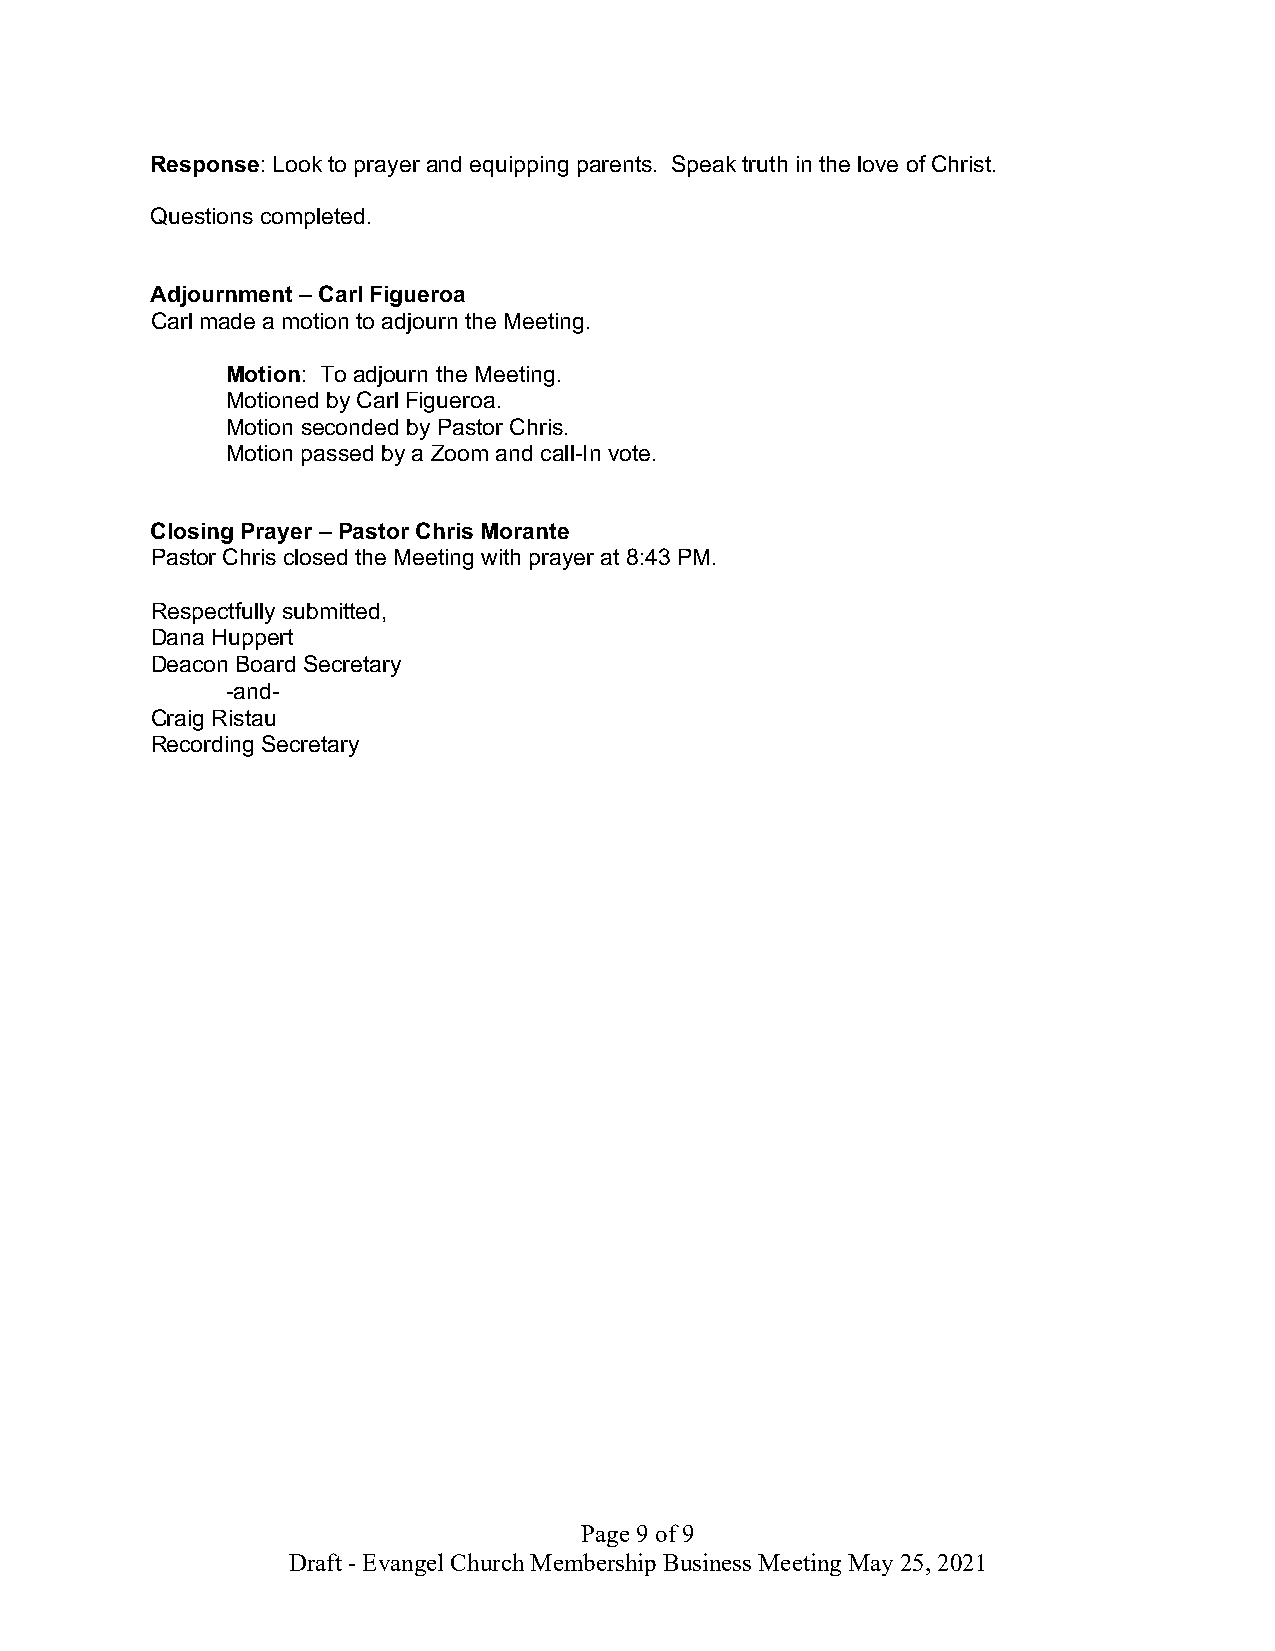
Response: Look to prayer and equipping parents. Speak truth in the love of Christ.
 Questions completed.
 Adjournment – Carl Figueroa
 Carl made a motion to adjourn the Meeting.
 Motion: To adjourn the Meeting.
 Motioned by Carl Figueroa.
 Motion seconded by Pastor Chris.
 Motion passed by a Zoom and call-In vote.
 Closing Prayer – Pastor Chris Morante
 Pastor Chris closed the Meeting with prayer at 8:43 PM.
 Respectfully submitted,
 Dana Huppert
 Deacon Board Secretary
 -and-
 Craig Ristau
 Recording Secretary
 Page 9 of 9
 Draft - Evangel Church Membership Business Meeting May 25, 2021